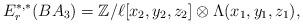
LaTeX: \begin{align*}E_r^{*,*}(BA_3)=\mathbb{Z}/\ell[x_2, y_2, z_2]\otimes \Lambda(x_1, y_1, z_1),\end{align*}